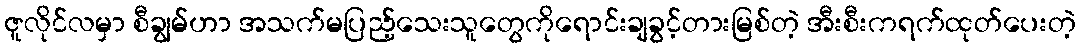
ဇူလိုင်လမှာ စီချွမ်ဟာ အသက်မပြည့်သေးသူတွေကိုရောင်းချခွင့်တားမြစ်တဲ့ အီးစီးကရက်ထုတ်ပေးတဲ့